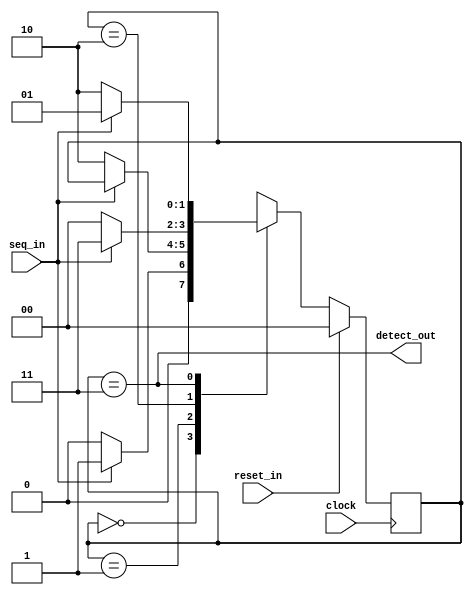

module seq_det(seq_in,
               clock,
               reset_in,
               detect_out);
							 
//Declare the sates as parameter "IDLE","STATE1","STATE2","STATE3"
      parameter IDLE=2'b00,
		STATE1=2'b01,
		STATE2=2'b10,
		STATE3=2'b11;
   

//Write down the port direction

       input seq_in,clock,reset_in;
       output detect_out;

     reg [1:0]state,next_state;
      

       

//Write down the sequential logic for present state
     always@(posedge clock)
		   begin
			  if(reset_in)
			     state <= IDLE;
			  else
			     state <= next_state;
		   end


   
//Understand the combinational logic for next state
  always@(*)
  begin
    case (state)
         IDLE : if (seq_in==1) 
                    next_state=STATE1;
                else
                    next_state=IDLE;
         STATE1 : if (seq_in==0)
                     next_state=STATE2;
                  else 
                     next_state=state;
                  
         STATE2 : if (seq_in==1)
                      next_state=STATE3;
                  else if(seq_in == 0)
                      next_state=IDLE;
                  else
                      next_state = state;
         STATE3 : if (seq_in==1)
                      next_state=STATE1;
                  else if(seq_in == 0)
                      next_state=STATE2;
                  else
                      next_state = state;
         default : next_state=IDLE;
    endcase
  end
  

//Write down the logic for output dout
 assign detect_out = (state == STATE3);
 


endmodule